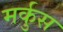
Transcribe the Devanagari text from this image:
मर्कुस